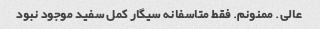
عالی. ممنونم. فقط متاسفانه سیگار کمل سفید موجود نبود